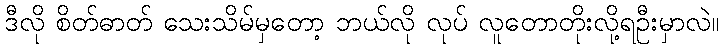
ဒီလို စိတ်ဓာတ် သေးသိမ်မှတော့ ဘယ်လို လုပ် လူတောတိုးလို့ရဦးမှာလဲ။